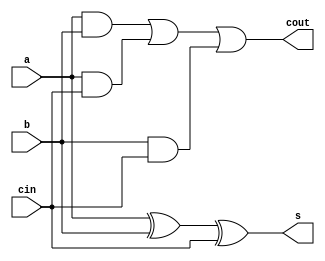
module fa(a,b,cin,s,cout);

input a,b,cin;
output s,cout;

assign s= a ^ b ^ cin ;
assign cout = (a & b) | (a & cin) | (b & cin);

endmodule

module rca4(x, y, cin, s, cout);

input [3:0] x;
input [3:0] y;
input cin;
output [3:0] s;
output cout;
wire c0,c1,c2;

fa fa1(x[0],y[0],cin,s[0],c0);
fa fa2(x[1],y[1],c0,s[1],c1);
fa fa3(x[2],y[2],c1,s[2],c2);
fa fa4(x[3],y[3],c2,s[3],cout);

endmodule

module rca8(x, y, cin, s, cout);    // 8 bit RCA

input [7:0] x;
input [7:0] y;
input cin;
output [7:0] s;
output cout;
wire cout1;

rca4 a1(x[3:0],y[3:0],cin,s[3:0],cout1);
rca4 a2(x[7:4],y[7:4],cout1,s[7:4],cout);

endmodule

module testbench();

reg [7:0]x;
reg [7:0]y;
reg cin;
wire [7:0]s;
wire cout;

rca8 rca(x,y,cin,s,cout);

initial
begin
x=8'b01111010;y=8'b10011010;cin=0;
#10 $finish;
end
endmodule